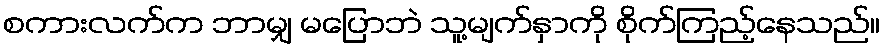
စကားလက်က ဘာမျှ မပြောဘဲ သူ့မျက်နှာကို စိုက်ကြည့်နေသည်။